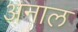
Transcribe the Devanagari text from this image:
अनाल